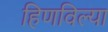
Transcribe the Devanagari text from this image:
हिणविल्या